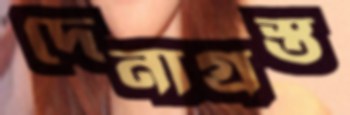
দেনাগ্রস্ত